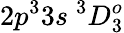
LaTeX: {2p^{3}3s~^{3}D_{3}^{o}}